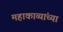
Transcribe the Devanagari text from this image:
महाकाव्यांच्या